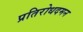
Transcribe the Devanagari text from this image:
प्रतिरोधदमन